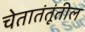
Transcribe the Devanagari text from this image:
चेतातंतूंतील